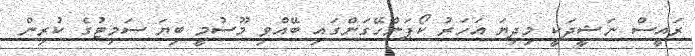
ރައީސް ނަޝީދަކީ މިދިޔަ އަހަރު ކޯޕަންހޭގަންގައި ބޭއްވި މޫސުމީ ބިޔަ ސަމިޓުގެ ކުރިން